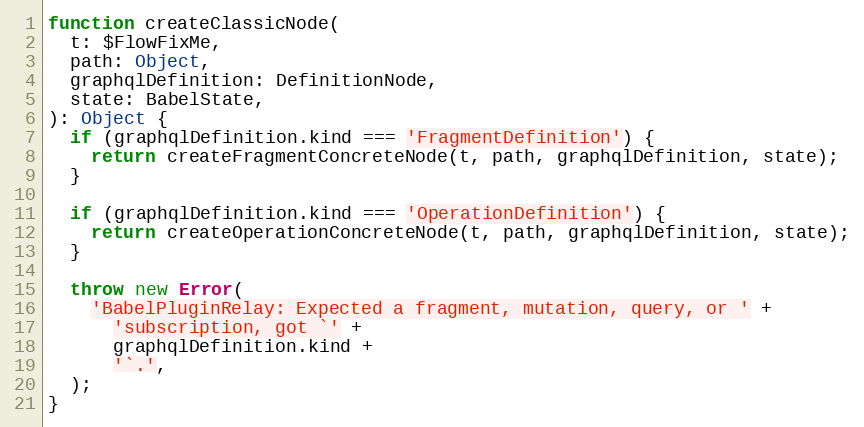
Language: JavaScript
function createClassicNode(
  t: $FlowFixMe,
  path: Object,
  graphqlDefinition: DefinitionNode,
  state: BabelState,
): Object {
  if (graphqlDefinition.kind === 'FragmentDefinition') {
    return createFragmentConcreteNode(t, path, graphqlDefinition, state);
  }

  if (graphqlDefinition.kind === 'OperationDefinition') {
    return createOperationConcreteNode(t, path, graphqlDefinition, state);
  }

  throw new Error(
    'BabelPluginRelay: Expected a fragment, mutation, query, or ' +
      'subscription, got `' +
      graphqlDefinition.kind +
      '`.',
  );
}